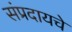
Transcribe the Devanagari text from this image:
संप्रदायचे